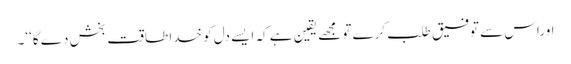
اوراس سے توفیق طلب کرے تو مجھے یقین ہے کہ ایسے دل کو خدا طاقت بخش دے گا‘‘۔